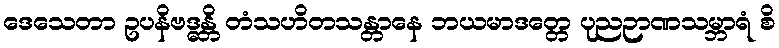
ဒေသေတာ ဥပနိဗဒ္ဓန္တိ တံသဟိတသန္တာနေ ဘယမာဒတ္တေ ပုညဉာဏသမ္ဘာရံ စိ